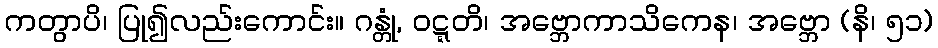
ကတွာပိ၊ ပြု၍လည်းကောင်း။ ဂန္တုံ, ဝဋ္ဋတိ၊ အဗ္ဘောကာသိကေန၊ အဗ္ဘော (နိ၊ ၅၁)